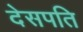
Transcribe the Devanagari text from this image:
देसपति